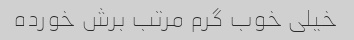
خیلی خوب گرم مرتب برش خورده